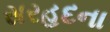
સરહદના